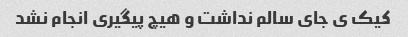
کیک ی جای سالم نداشت و هیچ پیگیری انجام نشد